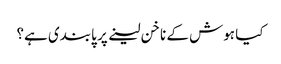
کیا ہوش کے ناخن لینے پر پابندی ہے؟